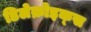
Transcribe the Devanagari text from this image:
डिलेक्रोइक्‍स